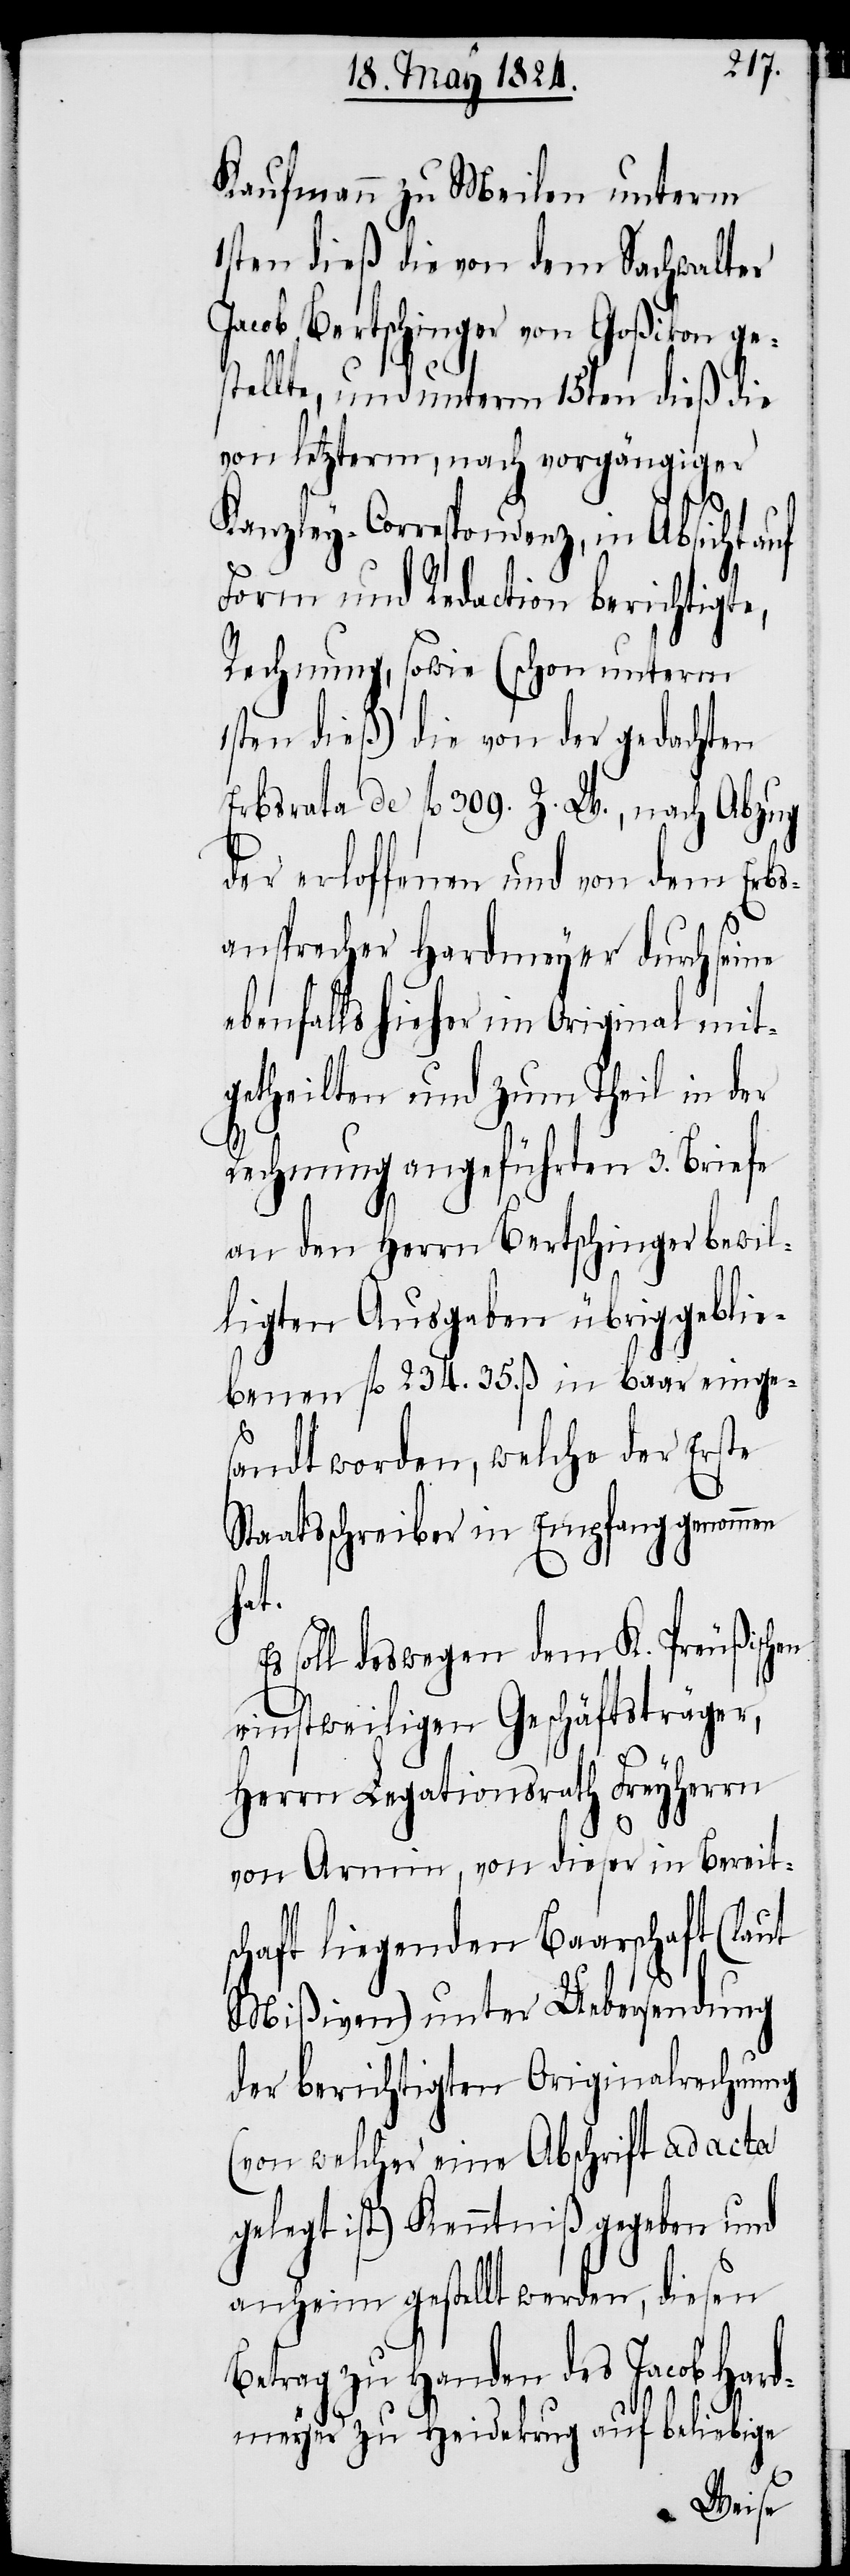
Kaufmann zu Meilen unterm
1sten dieß die von dem Sachwalter
Jacob Bertschinger von Goßikon ge¬
stellte, und unterm 15ten dieß die
von letzterm, nach vorgängiger
Kanzley-Correspondenz, in Absicht auf
Form und Redaction berichtigte,
Rechnung, sowie (schon unterm
1sten dieß) die von der gedachten
Erbsrata de fl. 309. Z. W., nach Abzug
der erloffenen und von dem Erbs¬
ansprecher Hardmeyer durch seine
ebenfalls hieher im Original mit¬
getheilten und zum Theil in der
Rechnung angeführten 3. Briefe
an den Herrn Bertschinger bewil¬
ligten Ausgaben übriggeblie¬
benen fl. 234. 35. ß. in baar einges¬
andt worden, welche der Erste
Staatsschreiber in Empfang genommen
hat.
soll deswegen dem K. Preußischen
einstweiligen Geschäftsträger,
Herrn Legationsrath Freyherrn
von Armin, von dieser in Bereit¬
schaft liegenden Baarschaft (laut
Mißiven) unter Uebersendung
der berichtigten Originalrechnung
(von welcher eine Abschrift ad acta
gelegt ist) Kenntniß gegeben und
anheim gestellt werden, diesen
Betrag zu Handen des Jacob Hard¬
meyer zu Heidekrug auf beliebige